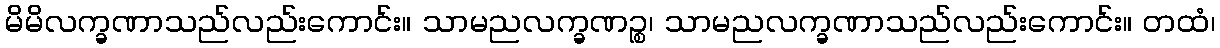
မိမိလက္ခဏာသည်လည်းကောင်း။ သာမညလက္ခဏဉ္စ၊ သာမညလက္ခဏာသည်လည်းကောင်း။ တထံ၊